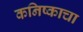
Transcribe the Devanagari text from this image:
कनिष्काचा